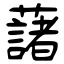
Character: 藷